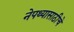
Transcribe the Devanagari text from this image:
नेपथ्यासाठीचे